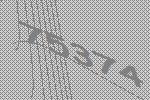
75374